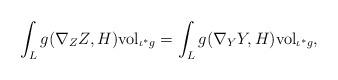
LaTeX: \begin{align*} \int_{L} g(\nabla_{Z} Z, H) {\rm vol}_{\iota^{*}g} =\int_{L} g(\nabla_{Y} Y, H) {\rm vol}_{\iota^{*}g}, \end{align*}